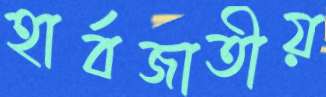
হার্বজাতীয়